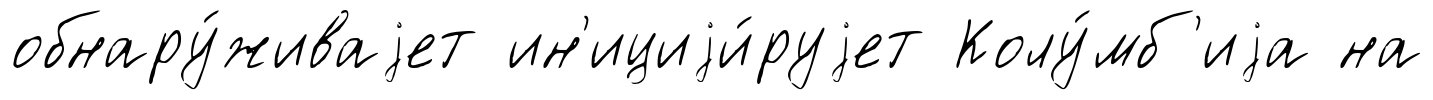
обнару́живаjет ин'ициjи́руjет Колу́мб'иjа на